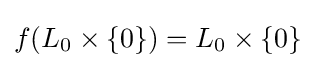
f(L_{0}\times \{0\})=L_{0}\times \{0\}